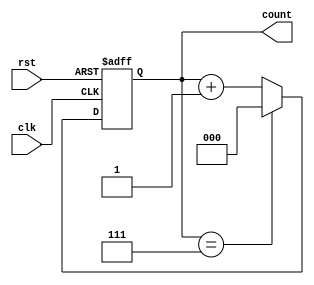
module divide_by_n_counter #(
    parameter N = 8  // Parameter for the divide factor, must be > 0 and <= 255 for an 8-bit counter
)(
    input wire clk,   // Clock input
    input wire rst,   // Asynchronous reset input
    output reg [$clog2(N)-1:0] count  // Counter output, size based on N
);

// Always block for the counter operation
always @(posedge clk or posedge rst) begin
    if (rst) begin
        count <= 0;  // Reset the counter to 0
    end else begin
        if (count == N - 1) begin
            count <= 0;  // Wrap around to 0 when reaching N-1
        end else begin
            count <= count + 1;  // Increment the counter
        end
    end
end

endmodule